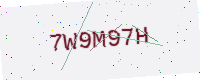
Text: 7W9M97H